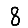
Digit: 8